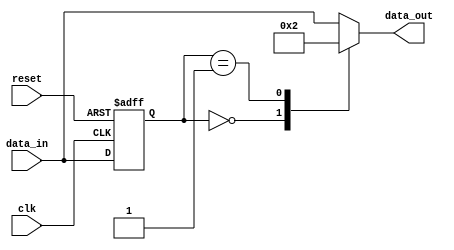
module ttl_buffer (
  input wire clk,
  input wire reset,
  input wire [7:0] data_in,
  output reg [7:0] data_out
);

// Input register for synchronization
reg [7:0] data_in_reg;
always @(posedge clk or posedge reset) begin
  if (reset)
    data_in_reg <= 8'b0;
  else
    data_in_reg <= data_in;
end

// Output register for synchronization
reg [7:0] data_out_reg;
always @(posedge clk or posedge reset) begin
  if (reset)
    data_out_reg <= 8'b0;
  else
    data_out_reg <= data_out;
end

// Buffer and level shifting logic
always @(*) begin
  case (data_in_reg)
    8'b00000000 : data_out = 8'b00000000; // Level shift to TTL voltage levels
    8'b00000001 : data_out = 8'b00000010;
    // Add conditions for all TTL voltage levels as needed
    default : data_out = data_in;
  endcase
end

endmodule